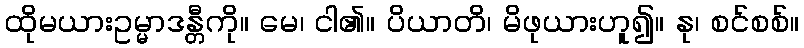
ထိုမယားဥမ္မာဒန္တီကို။ မေ၊ ငါ၏။ ပိယာတိ၊ မိဖုယားဟူ၍။ နု၊ စင်စစ်။